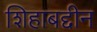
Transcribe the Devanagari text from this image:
शिहाबद्दीन